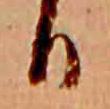
日